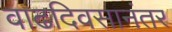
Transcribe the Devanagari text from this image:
वाढदिवसानंतर